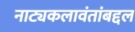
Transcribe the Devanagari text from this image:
नाट्यकलावंतांबद्दल